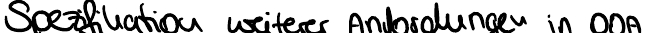
Spezifikation weiterer Anforderungen in OOA